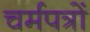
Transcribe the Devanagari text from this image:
चर्मपत्रों